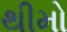
થીમો